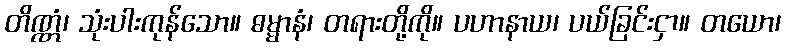
တိဏ္ဏံ၊ သုံးပါးကုန်သော။ ဓမ္မာနံ၊ တရားတို့ကို။ ပဟာနာယ၊ ပယ်ခြင်းငှာ။ တယော၊